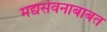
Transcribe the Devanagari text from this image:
मद्यसेवनाबाबत